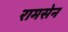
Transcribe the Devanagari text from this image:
रामसेन